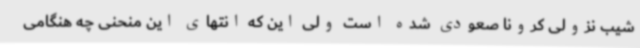
شیب نزولی کرونا صعودی شده است ولی این که انتهای این منحنی چه هنگامی